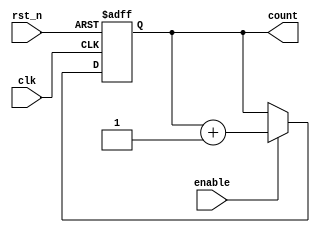
module example_counter (
    input wire clk,       // Clock input
    input wire rst_n,     // Active-low reset signal
    input wire enable,     // Enable signal to increment the counter
    output reg [7:0] count // 8-bit counter output
);

// Always block triggered on the positive edge of the clock
always @(posedge clk or negedge rst_n) begin
    if (!rst_n) begin
        // Reset the count to zero
        count <= 8'b0;
    end else if (enable) begin
        // Increment the count if enabled
        count <= count + 1;
    end
end

endmodule